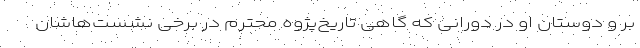
بر و دوستان او در دورانی که گاهی تاریخ‌پژوه محترم در برخی نشست‌هاشان